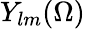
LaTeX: Y_{lm}(\Omega)